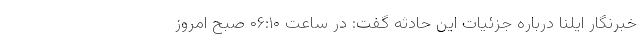
خبرنگار ایلنا درباره جزئیات این حادثه گفت: در ساعت ۰۶:۱۰ صبح امروز